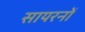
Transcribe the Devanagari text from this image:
सायरनों